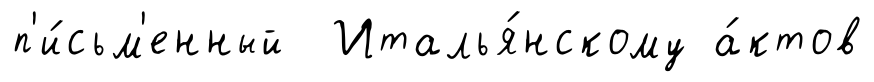
п'и́сьм'енный Италья́нскому а́ктов